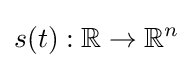
s(t):\mathbb {R} \to \mathbb {R} ^{n}